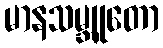
မာနသမ္ဘူတော